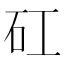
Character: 矼